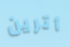
أترين